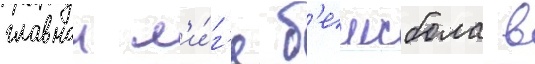
главнои л'и́г'е б'еисбола в